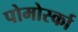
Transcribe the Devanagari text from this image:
पोमोर्स्का